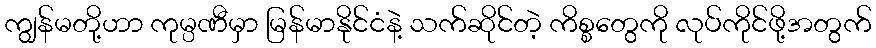
ကျွန်မတို့ဟာ ကုမ္ပဏီမှာ မြန်မာနိုင်ငံနဲ့ သက်ဆိုင်တဲ့ ကိစ္စတွေကို လုပ်ကိုင်ဖို့အတွက်